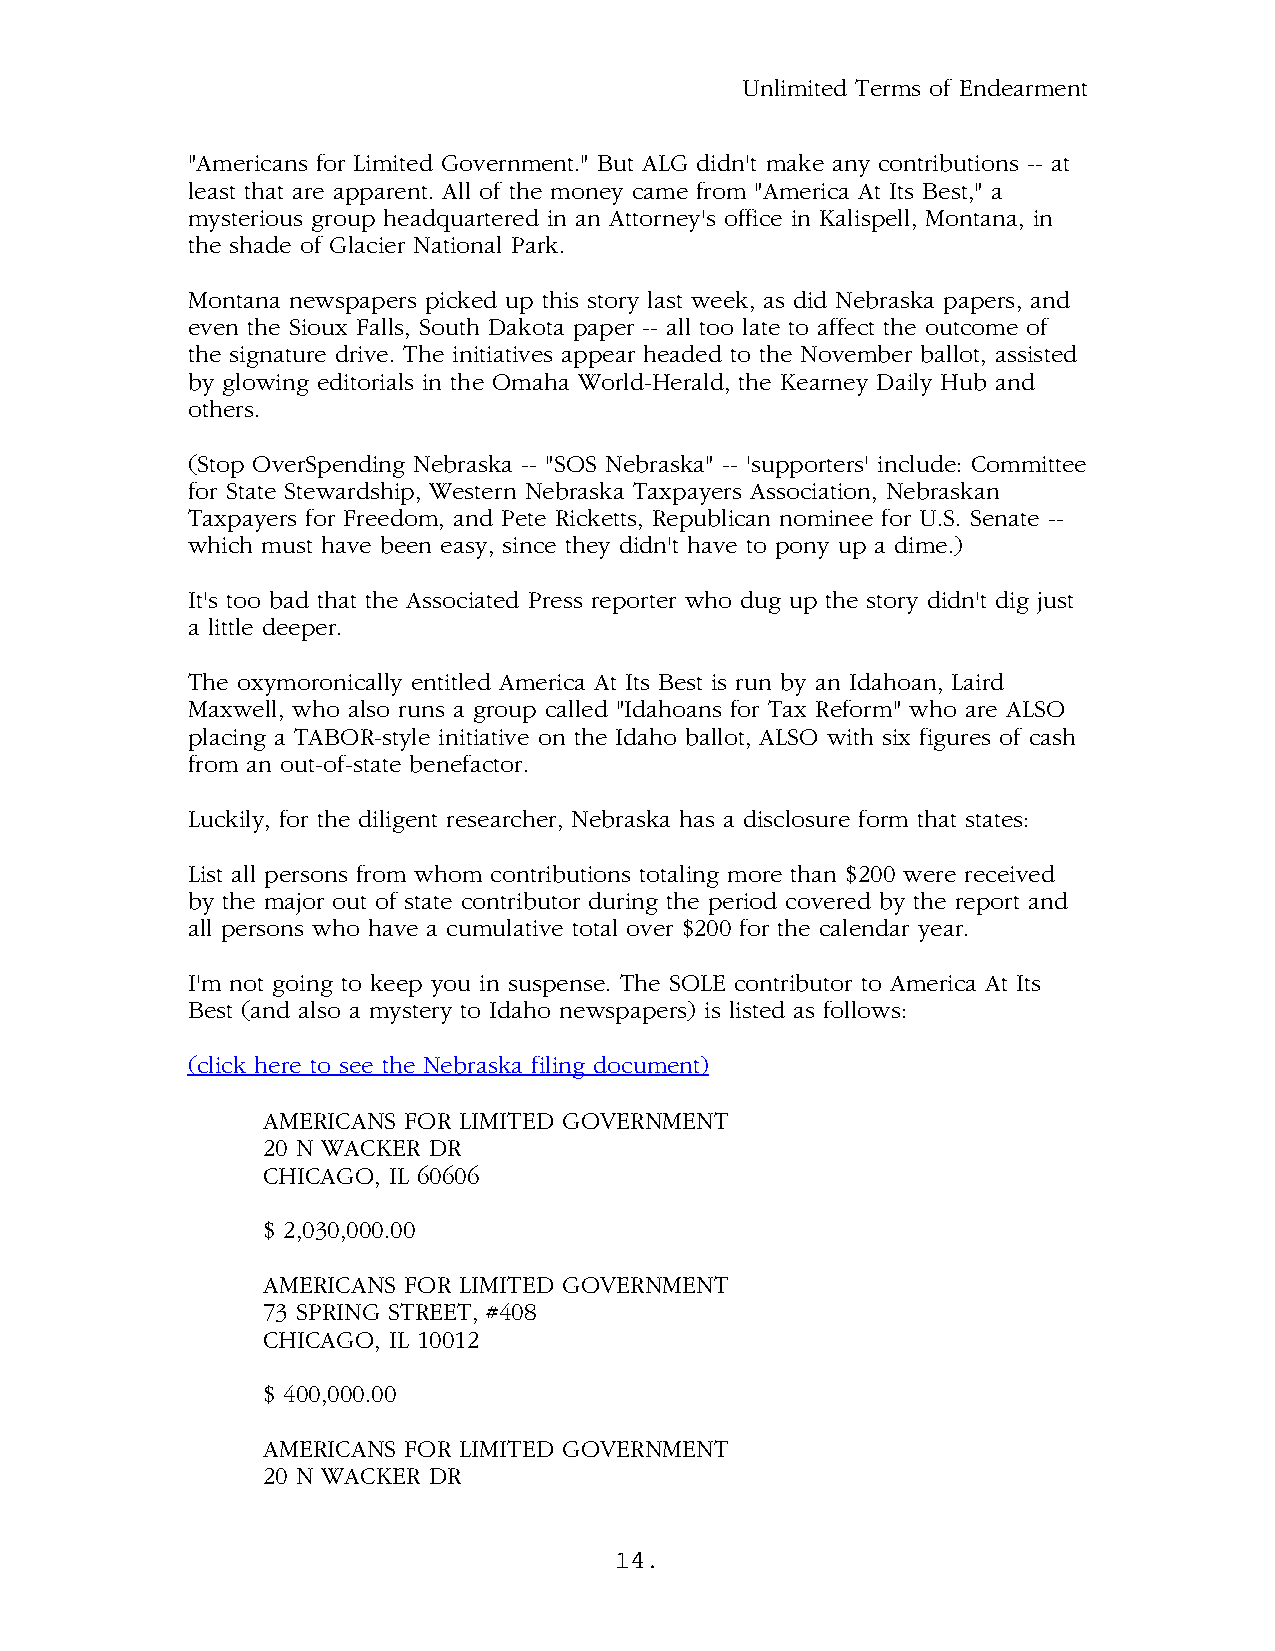
Unlimited Terms of Endearment
 "Americans for Limited Government." But ALG didn't make any contributions -- at
 least that are apparent. All of the money came from "America At Its Best," a
 mysterious group headquartered in an Attorney's office in Kalispell, Montana, in
 the shade of Glacier National Park.
 Montana newspapers picked up this story last week, as did Nebraska papers, and
 even the Sioux Falls, South Dakota paper -- all too late to affect the outcome of
 the signature drive. The initiatives appear headed to the November ballot, assisted
 by glowing editorials in the Omaha World-Herald, the Kearney Daily Hub and
 others.
 (Stop OverSpending Nebraska -- "SOS Nebraska" -- 'supporters' include: Committee
 for State Stewardship, Western Nebraska Taxpayers Association, Nebraskan
 Taxpayers for Freedom, and Pete Ricketts, Republican nominee for U.S. Senate --
 which must have been easy, since they didn't have to pony up a dime.)
 It's too bad that the Associated Press reporter who dug up the story didn't dig just
 a little deeper.
 The oxymoronically entitled America At Its Best is run by an Idahoan, Laird
 Maxwell, who also runs a group called "Idahoans for Tax Reform" who are ALSO
 placing a TABOR-style initiative on the Idaho ballot, ALSO with six figures of cash
 from an out-of-state benefactor.
 Luckily, for the diligent researcher, Nebraska has a disclosure form that states:
 List all persons from whom contributions totaling more than $200 were received
 by the major out of state contributor during the period covered by the report and
 all persons who have a cumulative total over $200 for the calendar year.
 I'm not going to keep you in suspense. The SOLE contributor to America At Its
 Best (and also a mystery to Idaho newspapers) is listed as follows:
 (click here to see the Nebraska filing document)
 AMERICANS FOR LIMITED GOVERNMENT
 20 N WACKER DR
 CHICAGO, IL 60606
 $ 2,030,000.00
 AMERICANS FOR LIMITED GOVERNMENT
 73 SPRING STREET, #408
 CHICAGO, IL 10012
 $ 400,000.00
 AMERICANS FOR LIMITED GOVERNMENT
 20 N WACKER DR
 14.